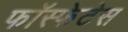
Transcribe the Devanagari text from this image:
फॉस्फेटेस